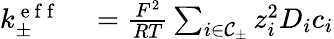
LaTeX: \begin{array}{rl}{k_{\pm}^{\mathrm{~e~f~f~}}}&{{}=\frac{F^{2}}{RT}\sum_{i\in\mathcal{C}_{\pm}}{z_{i}^{2}D_{i}c_{i}}}\end{array}